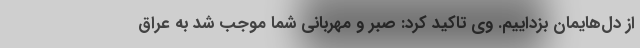
از دل‌هایمان بزداییم. وی تاکید کرد: صبر و مهربانی شما موجب شد به عراق